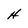
Character: H